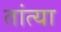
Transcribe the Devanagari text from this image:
तांत्‍या